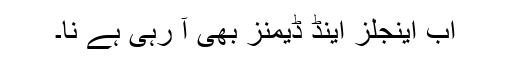
اب اینجلز اینڈ ڈیمنز بھی آ رہی ہے نا۔